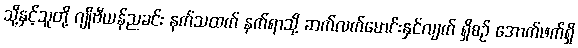
သို့နှင့်သူတို့ ဂျိုဗီယန်ညခင်း နက်သထက် နက်ရာသို့ ဆက်လက်မောင်းနှင်လျက် ရှိစဉ် အောက်ဖက်ရှိ